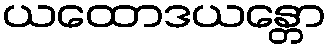
ယထောဒယန္တော